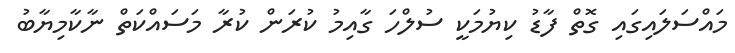
މައްސަލައިގައި ގޮތް ފާޑު ކިޔުމަކީ ސުލްހަ ގާއިމު ކުރަން ކުރާ މަސައްކަތް ނާކާމިޔާބު